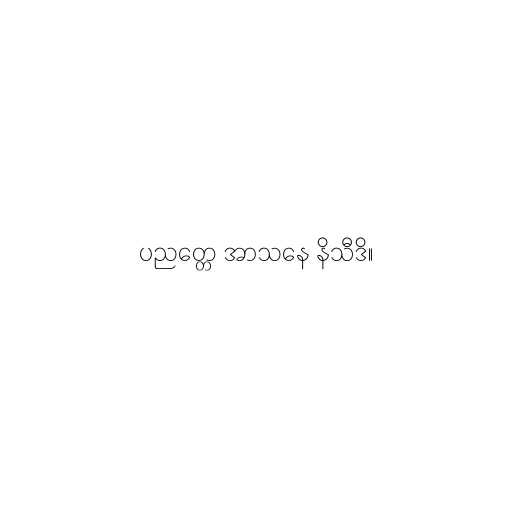
ပညတ္တေ အာသနေ နိသီဒိ။